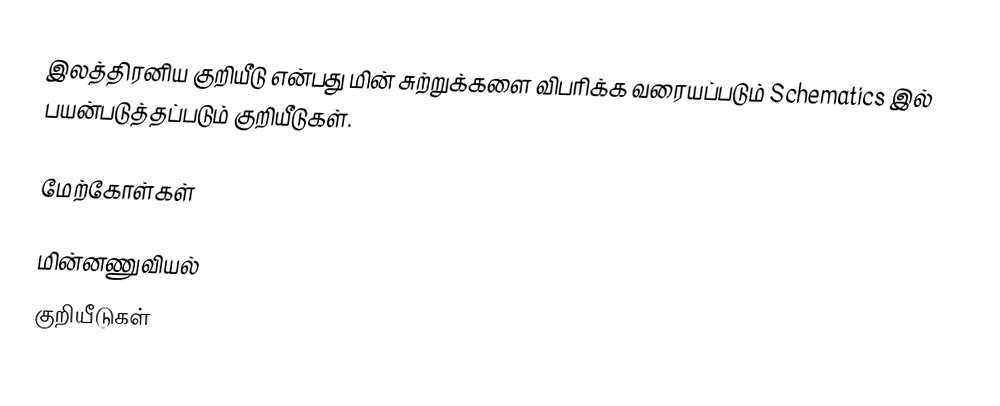
இலத்திரனிய குறியீடு என்பது மின் சுற்றுக்களை விபரிக்க வரையப்படும் Schematics இல் பயன்படுத்தப்படும் குறியீடுகள்.

மேற்கோள்கள்

மின்னணுவியல்
குறியீடுகள்